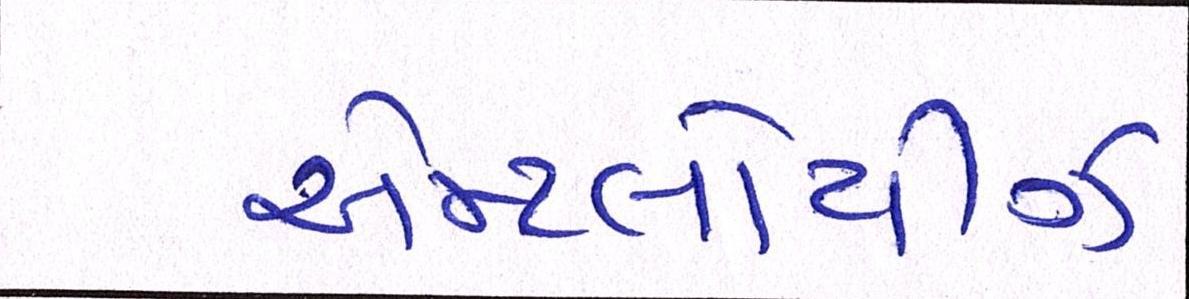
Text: એમ્પ્લોયીઝ